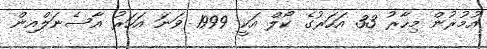
އުމުރުން މިހާރު 33 އަހަރުގެ ކޯލް އަކީ 1999 ވަނަ އަހަރު އާސެނަލްއިން